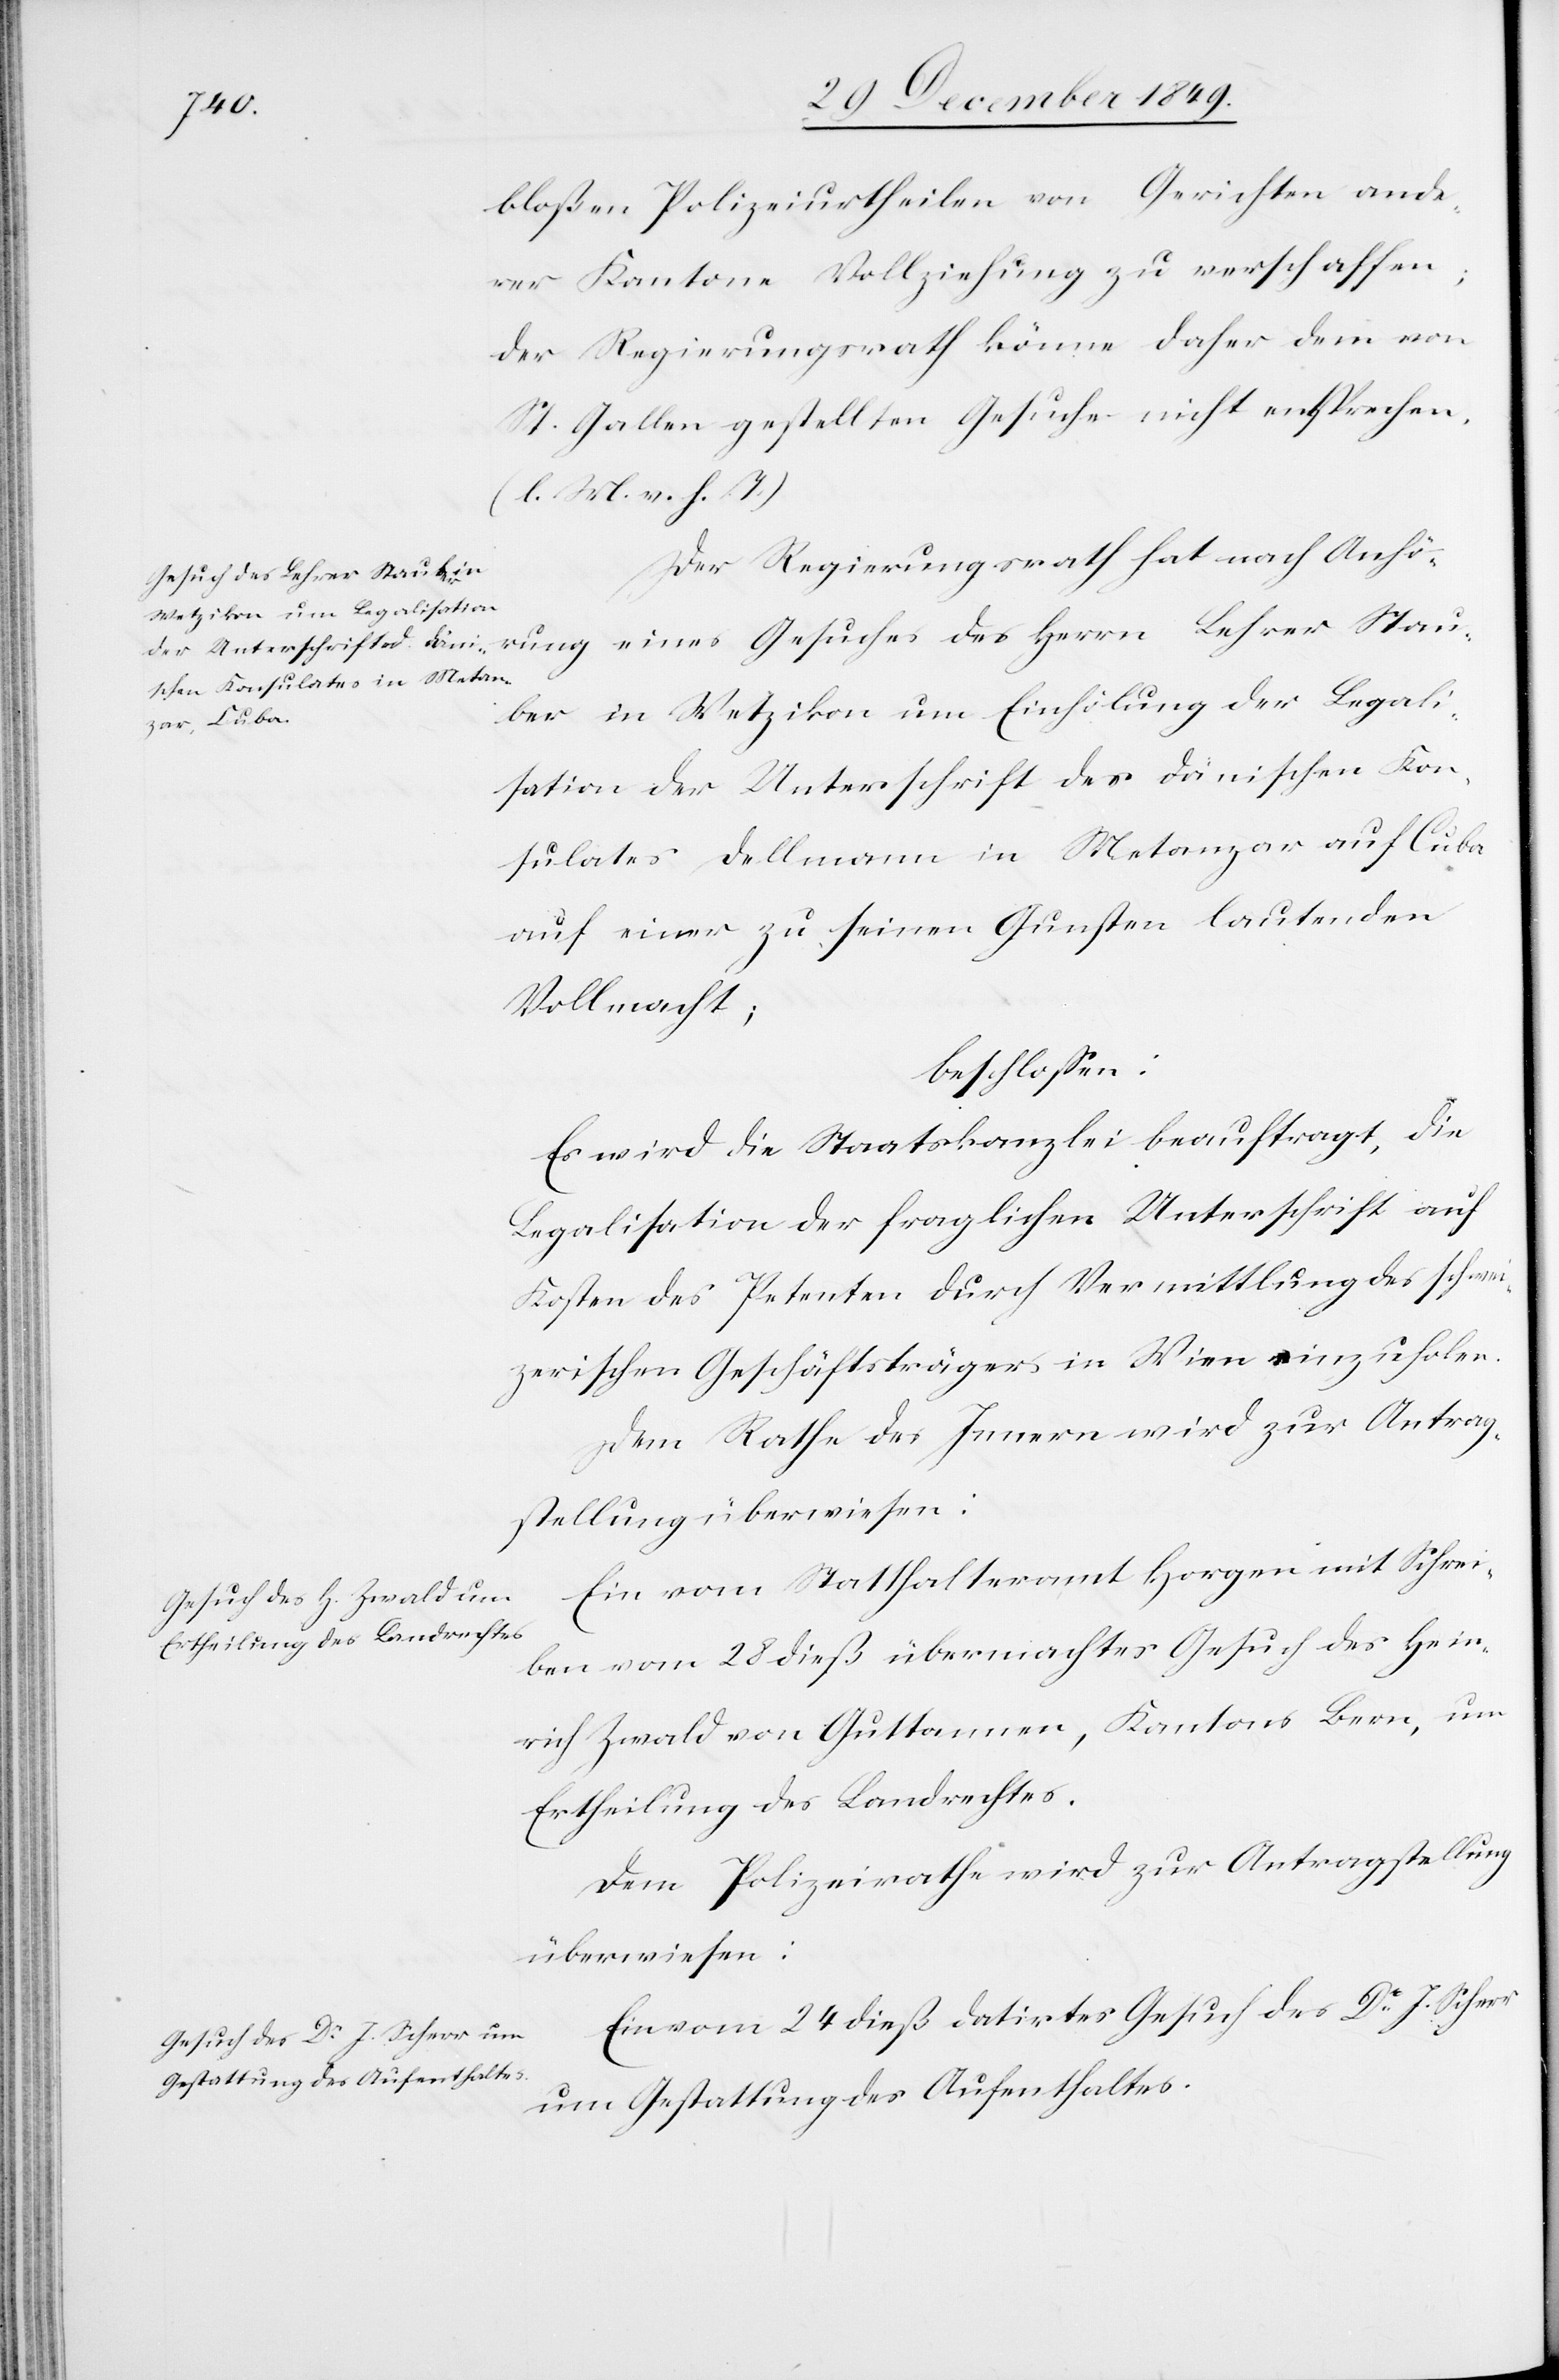
bloßen Polizeiurtheilen von Gerichten ande¬
rer Kantone Vollziehung zu verschaffen;
der Regierungsrath könne daher dem von
St. Gallen gestellten Gesuche nicht entsprechen.
[l. M. v. h. T]
Der Regierungsrath hat nach Anhör¬
ber in Wetzikon um Einholung der Legali¬
er Stau¬
sation der Unterschrift des dänischen Con¬
sulates Dellmann in Matanzar auf Cuba
auf einer zu seinen Gunsten lautenden
Vollmacht;
beschloßen:
Es wird die Staatskanzlei beauftragt, die
Legalisation der fraglichen Unterschrift auf
Kosten des Petenten durch Vermittlung des schwei¬
zerischen Geschäftsträgers in Wien einzuholen.
Dem Rathe des Innern wird zur Antrag¬
stellung überwiesen:
Ein vom Statthalteramt Horgen mit Schrei¬
ben vom 28 dieß übermachtes Gesuch des Hein¬
rich Zwald von Guttmann, Kantons Bern, um
Ertheilung des Landrechtes.
Dem Polizeirathe wird zur Antragstellung
überwiesen:
Ein vom 24 dieß datirtes Gesuch des Dr J. Scherr
um Gestattung des Aufenthaltes.